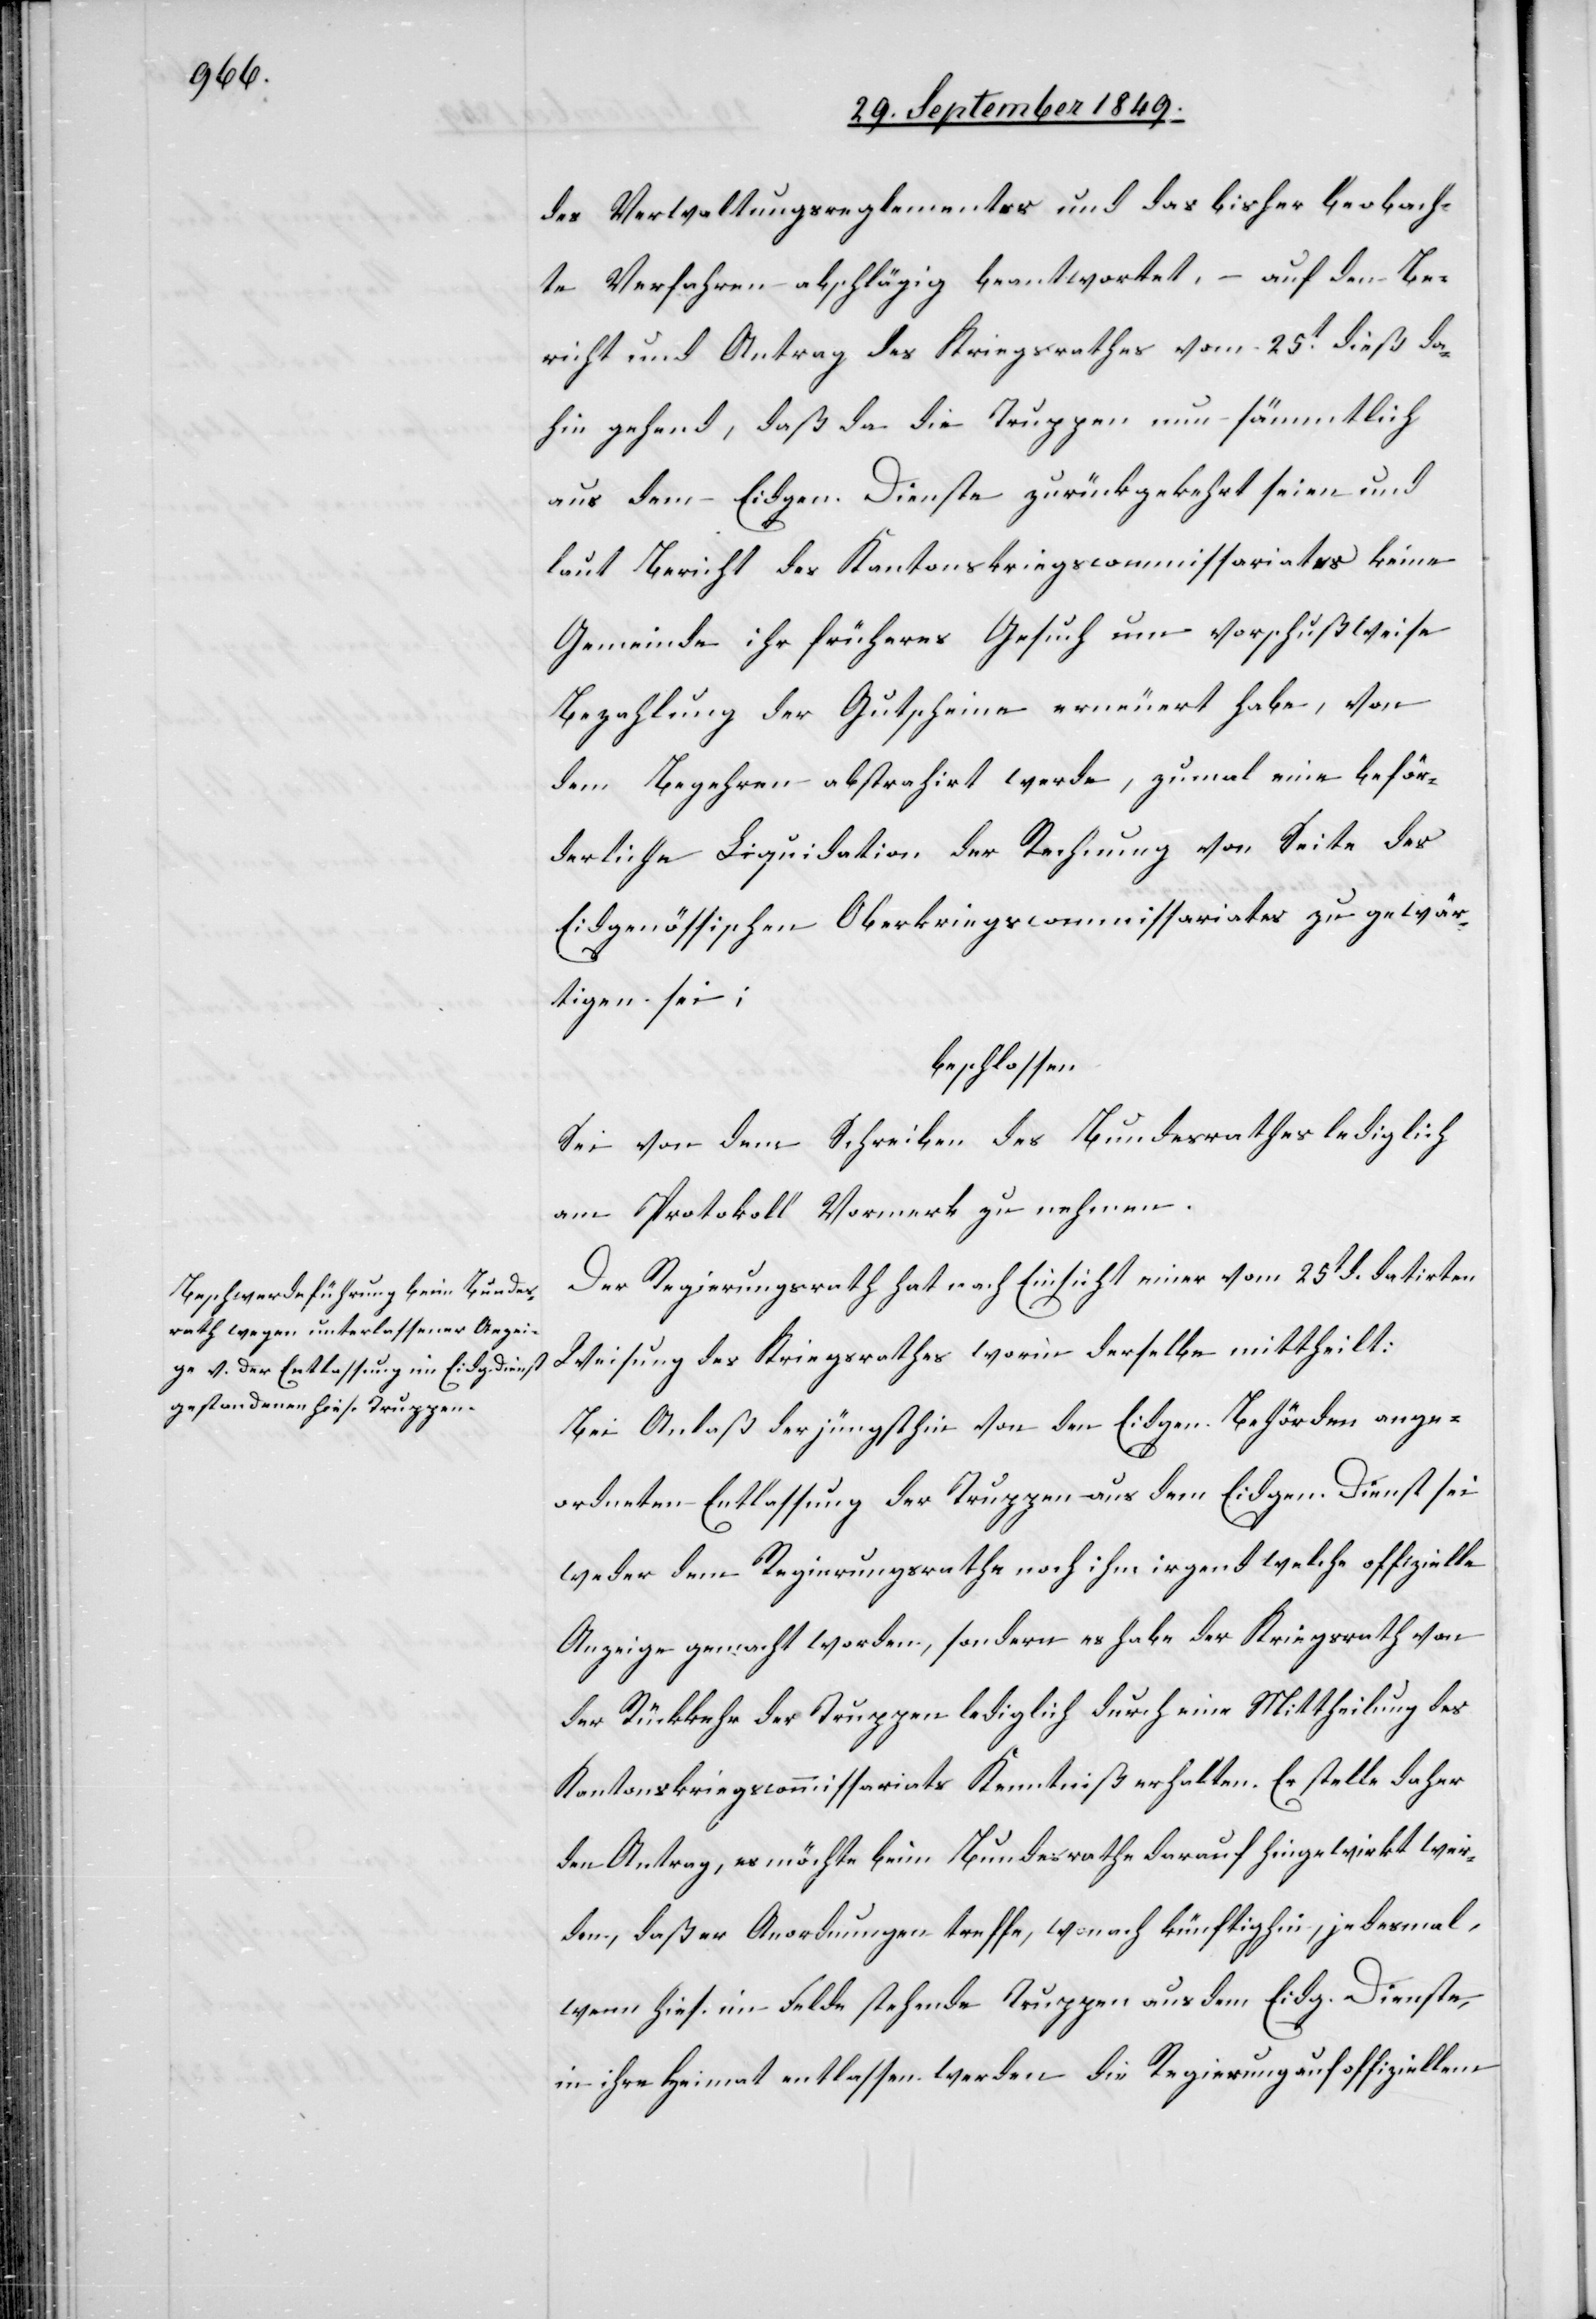
des Verwaltungsreglementes und das bisher beobacht¬
e[te] Verfahren abschäzig beantwortet, – auf den Be¬
richt und Antrag des Kriegsrathes vom 25t dieß da¬
hin gehend, daß da die Truppen nun sämmtlich
aus dem Eidgen. Dienste zurückgekehrt seien und
laut Bericht des Kantonskriegscommissariates keine
Gemeinde ihr früheres Gesuch um vorschußweise
Bezahlung der Gutscheine erneuert habe, von
dem Begehren abstrahirt werde, zumal eine beför¬
derliche Liquidation der Rechnung von Seite des
Eidgenössischen Oberkriegscommissariates zu gewär¬
tigen sei;
beschlossen:
Sei von dem Schreiben des Bundesrathes lediglich
am Protokoll Vormerk zu nehmen.
Der Regierungsrath hat nach Einsicht einer vom 25t d. datirten
Weisung des Kriegsrathes worin derselbe mittheilt:
Bei Anlaß der jüngsthin von den Eidgen. Behörden ange¬
ordneten Entlassung der Truppen aus dem Eidgen. Dienst sei
weder dem Regierungsrathe noch ihm irgend welche offizielle
Anzeige gemacht worden, sondern es habe der Kriegsrath von
der Rückkehr der Truppen lediglich durch eine Mittheilung des
Kantonskriegscommissariats Kenntniß erhalten. Er stelle daher
den Antrag, es möchte beim Bundesrathe darauf hingewirkt wer¬
den, daß er Anordnungen treffe, wonach künftighin, jedesmal,
wenn hies. im Felde stehende Truppen aus dem Eidg. Dienste,
in ihre Heimat entlassen werden die Regierung auf offiziellem